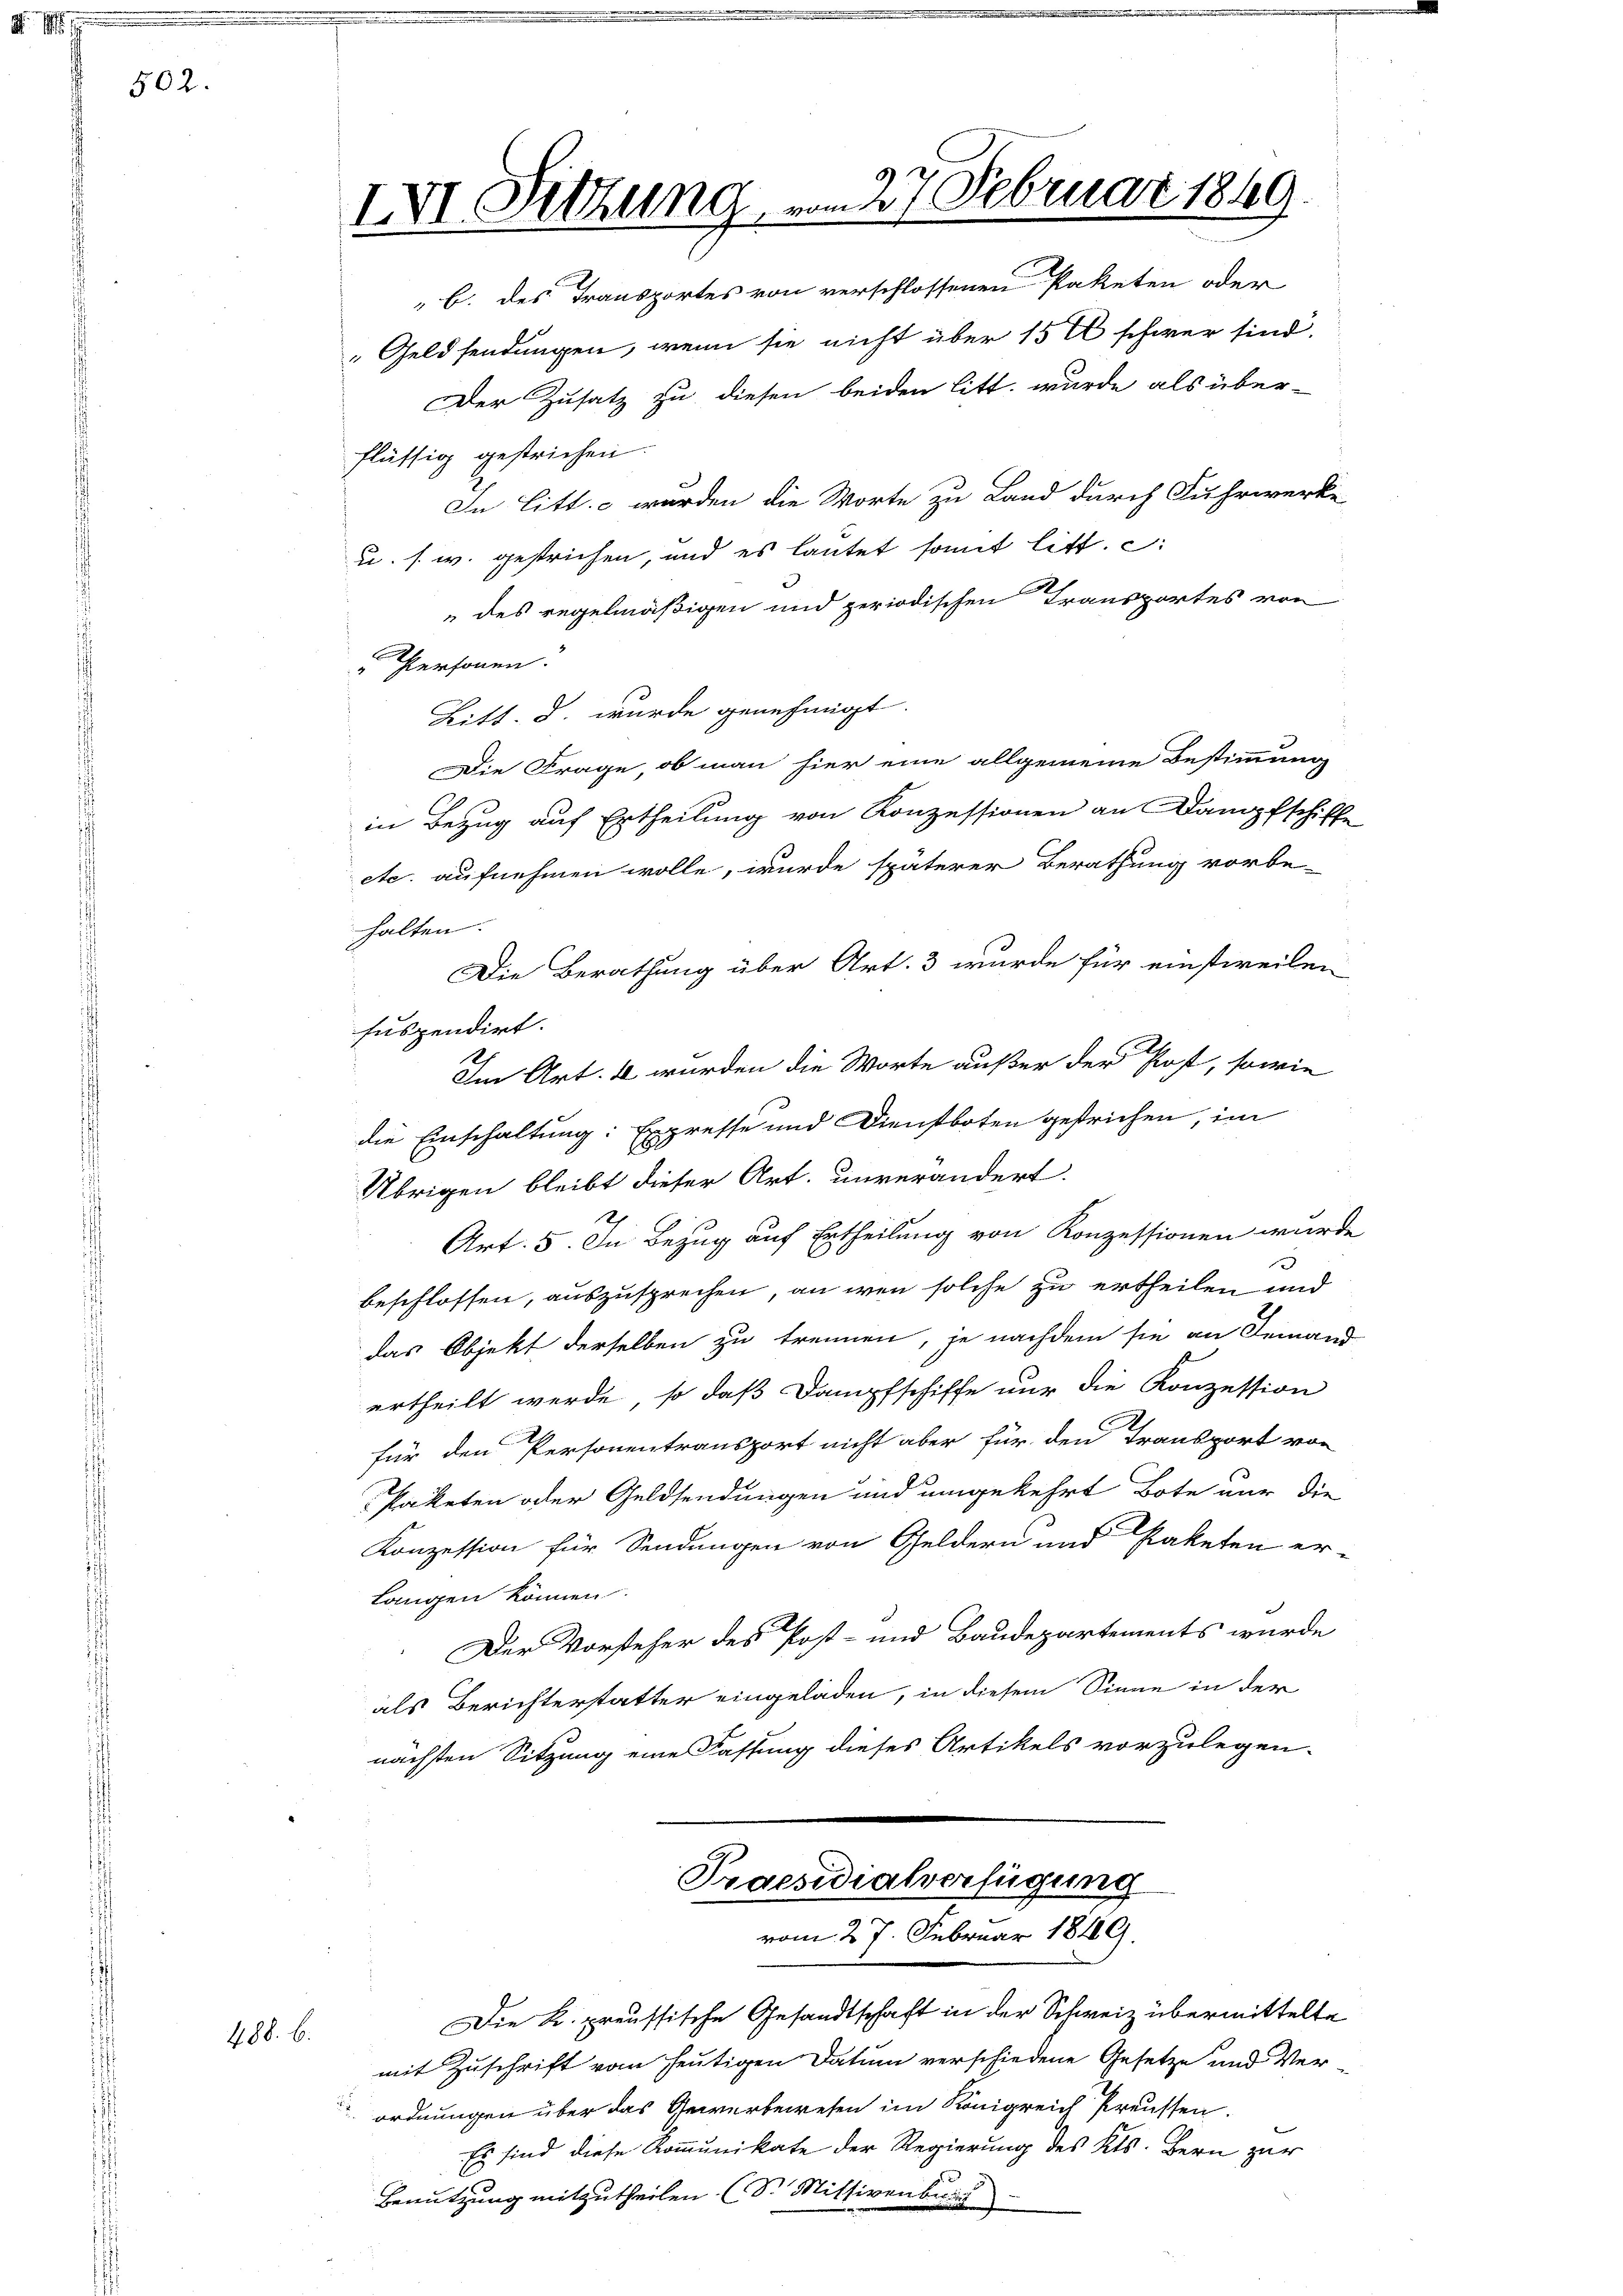
502.

488. b.

IVI. Sitzung, vom 27. Februar 1849.

" b. des Transportes von verschlossenen Paketen oder
Geldsendungen, wenn sie nicht über 15 t schwer sind.
Der Zusatz zu diesen beiden litt. wurde als über-
flüssig gestrichen
In Litt. – wurden die Worte zu Land durch Fuhrwerke
u. s. w. gestrichen, und es lautet somit litt. c.
des regelmäßigen und periodischen Transportes von
Personen.
Litt. d. wurde genehmigt.
Die Frage, ob man hier eine allgemeine Bestimmung
in Bezug auf Ertheilung von Konzessionen an Dampfschif
etc. aufnehmen wolle, wurde späterer Berathung vorbe-
halten.
Die Berathung über Art. 3 wurde für einstweilen
suspendirt.
Im Art. 4 wurden die Worte außer der Post, sowie
die Einschaltung: Expresse und Dienstboten gestrichen, im
Übrigen bleibt dieser Art. unverändert.
Art. 5. In Bezug auf Ertheilung von Konzessionen wurd
1
beschlossen, auszusprechen, an wen solche zu ertheilen und
das Objekt derselben zu trennen, je nachdem sie an Jeman-
ertheilt werde, so daß Dampfschiffe nur die Konzession
für den Personentransport nicht aber für den Transport von
Paketen oder Geldsendungen und umgekehrt Bote nur die
Konzession für Sendungen von Geldern und Paketen er
langen können.
Der Vorsteher des Post- und Baudepartements wurde
als Berichterstatter eingeladen, in diesem Sinne in der
nächsten Sitzung eine Fassung dieses Artikels vorzulegen.
Praesidialverfügung
vom 27. Februar 1849.
Die K. preussische Gesandtschaft in der Schweiz übermittelte
mit Zuschrift vom heutigen Datum verschiedene Gesetze und Ver-
ordnungen über das Gewerbewesen im Königreich Preussen.
Es sind diese Kommunikate der Regierung des Kts. Bern zur
Benutzung mitzutheilen (S. Mittirenburg